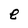
Character: e